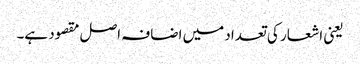
یعنی اشعار کی تعداد میں اضافہ اصل مقصود ہے۔